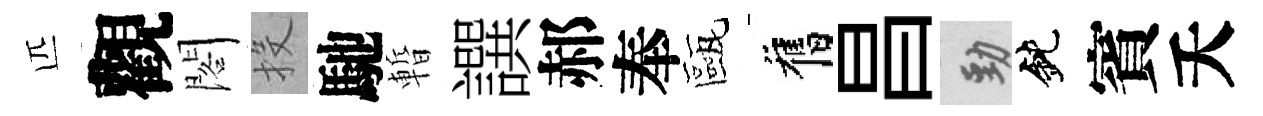
匹觀閣投馳暫譔郝奉甌舊昌勁鈍賓夭